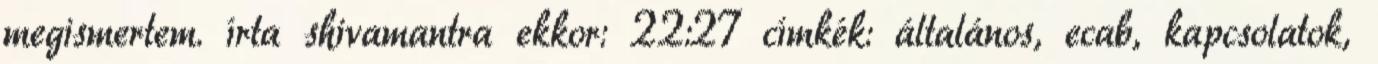
megismertem. írta shivamantra ekkor: 22:27 címkék: általános, ecab, kapcsolatok,